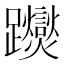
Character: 𨇾